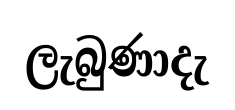
ලැබුණාදැ